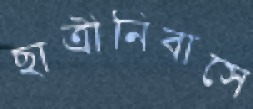
ছাত্রীনিবাসে